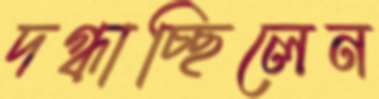
দগ্ধাচ্ছিলেন